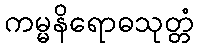
ကမ္မနိရောဓသုတ္တံ